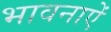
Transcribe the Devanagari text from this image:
भावनाऐं